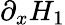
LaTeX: \partial_{x}H_{1}